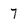
Character: 7